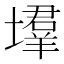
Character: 𡑳